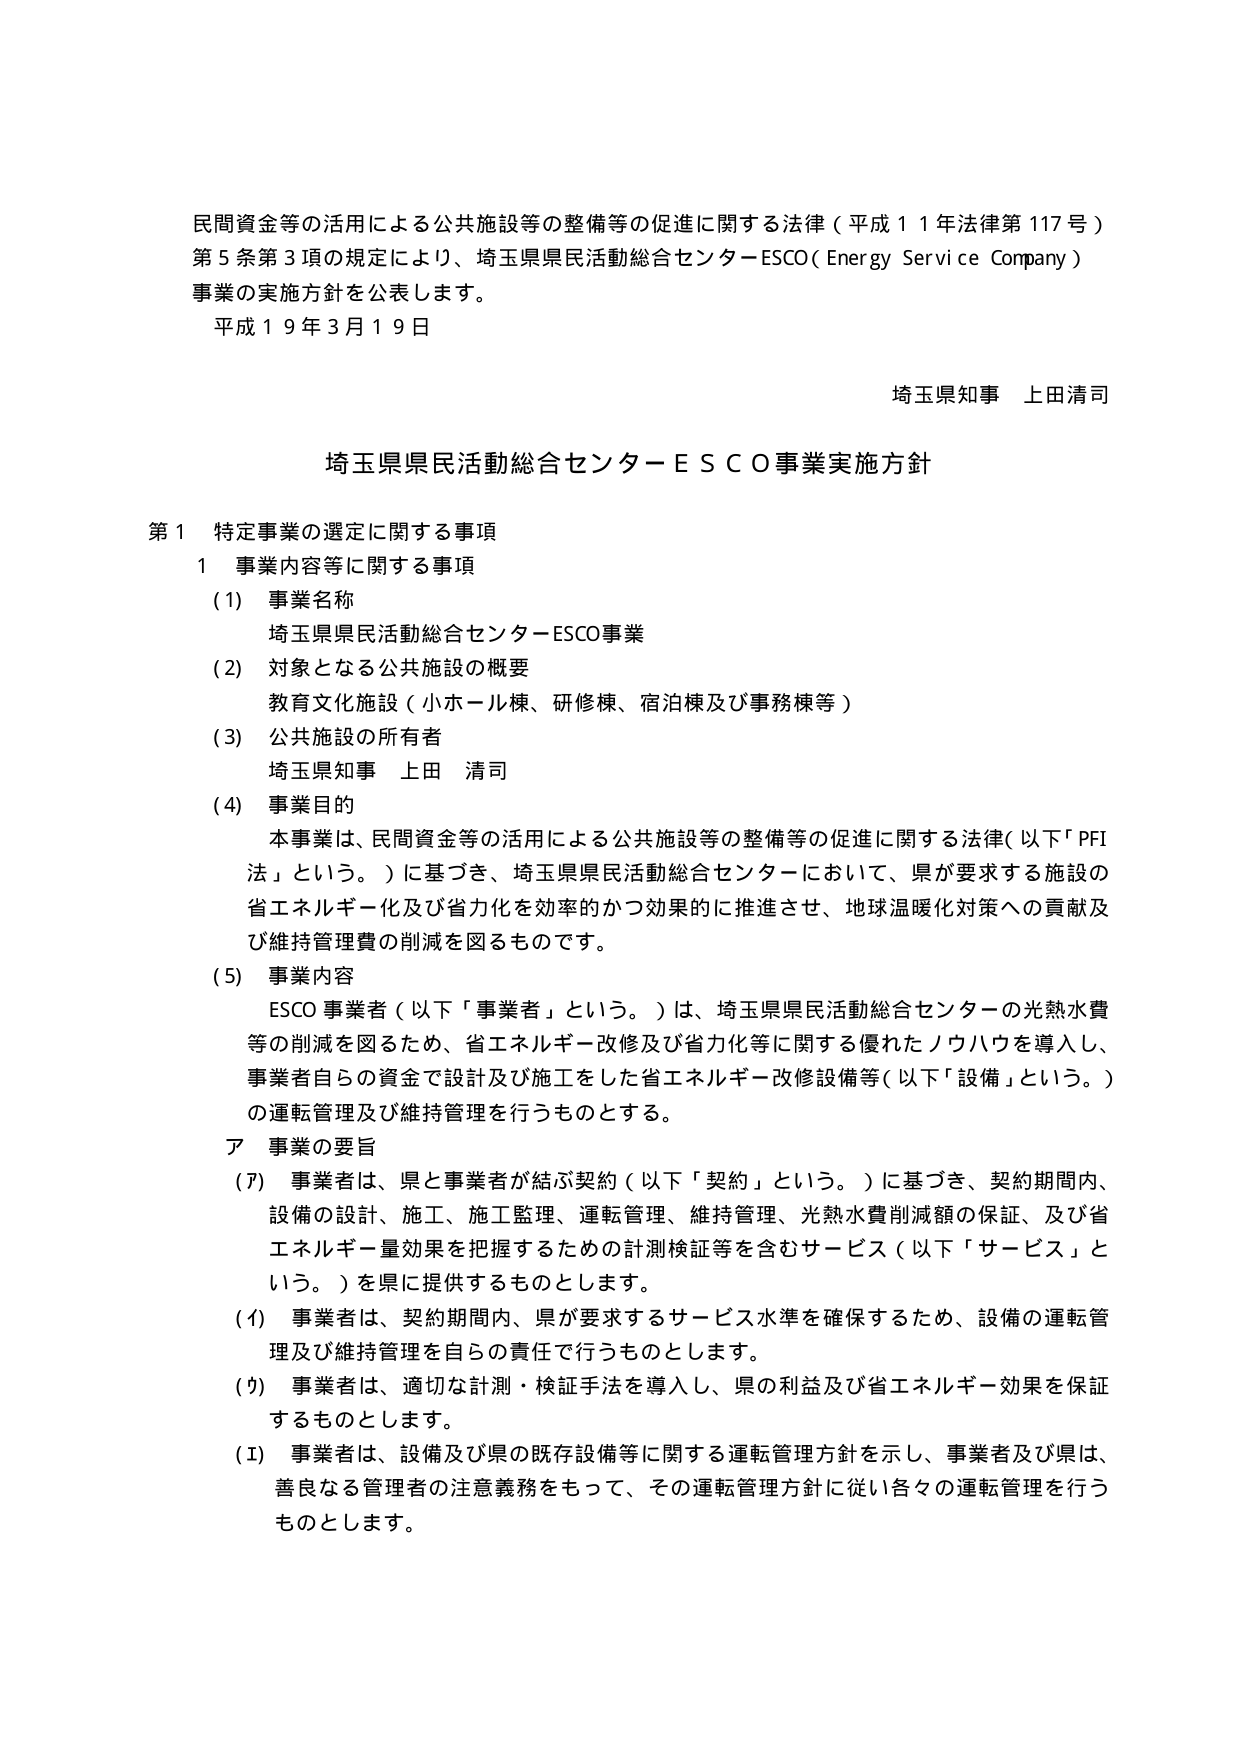
民間資金等の活用による公共施設等の整備等の促進に関する法律（平成１１年法律第１１７号）
第５条第３項の規定により、埼玉県県民活動総合センターESCO（Energy Service Company）
事業の実施方針を公表します。
平成１９年３月１９日

埼玉県知事 上田清司

埼玉県県民活動総合センターＥＳＣＯ事業実施方針

第１ 特定事業の選定に関する事項
１ 事業内容等に関する事項
（１） 事業名称
　　埼玉県県民活動総合センターESCO事業
（２） 対象となる公共施設の概要
　　教育文化施設（小ホール棟、研修棟、宿泊棟及び事務棟等）
（３） 公共施設の所有者
　　埼玉県知事 上田 清司
（４） 事業目的
　　本事業は、民間資金等の活用による公共施設等の整備等の促進に関する法律（以下「PFI法」という。）に基づき、埼玉県県民活動総合センターにおいて、県が要求する施設の省エネルギー化及び省力化を効率的かつ効果的に推進させ、地球温暖化対策への貢献及び維持管理費の削減を図るものです。
（５） 事業内容
　　ESCO事業者（以下「事業者」という。）は、埼玉県県民活動総合センターの光熱水費等の削減を図るため、省エネルギー改修及び省力化等に関する優れたノウハウを導入し、事業者自らの資金で設計及び施工をした省エネルギー改修設備等（以下「設備」という。）の運転管理及び維持管理を行うものとする。
ア 事業の要旨
（７） 事業者は、県と事業者が結ぶ契約（以下「契約」という。）に基づき、契約期間内、設備の設計、施工、施工監理、運転管理、維持管理、光熱水費削減額の保証、及び省エネルギー量効果を把握するための計測検証等を含むサービス（以下「サービス」という。）を県に提供するものとします。
（イ） 事業者は、契約期間内、県が要求するサービス水準を確保するため、設備の運転管理及び維持管理を自らの責任で行うものとします。
（ウ） 事業者は、適切な計測・検証手法を導入し、県の利益及び省エネルギー効果を保証するものとします。
（エ） 事業者は、設備及び県の既存設備等に関する運転管理方針を示し、事業者及び県は、善良なる管理者の注意義務をもって、その運転管理方針に従い各々の運転管理を行うものとします。